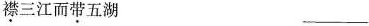
襟三江而带五湖___